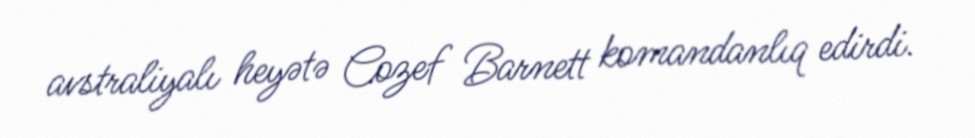
avstraliyalı heyətə Cozef Barnett komandanlıq edirdi.